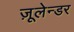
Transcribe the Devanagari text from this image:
ज़ूलेन्डर